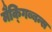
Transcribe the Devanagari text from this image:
मैक्गिब्बन्स